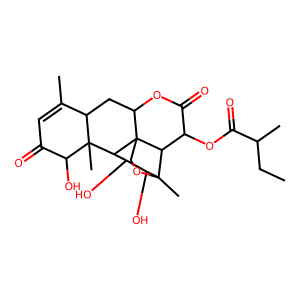
SMILES: CCC(C)C(=O)OC1C(=O)OC2CC3C(C)=CC(=O)C(O)C3(C)C3C(O)C(O)C4(C)OCC23C14
Inhibits HIV replication: No